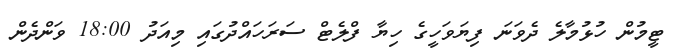
ޓީމުން ހުޅުމާލެ ދެވަނަ ފިޔަވަހީގެ ހިޔާ ފްލެޓް ސަރަހައްދުގައި މިއަދު 18:00 ވަންދެން